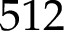
5 1 2